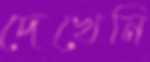
দেখেনি